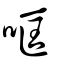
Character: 哐